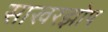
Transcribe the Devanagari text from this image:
साखरझोप